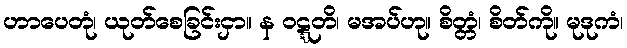
ဟာပေတုံ၊ ယုတ်စေခြင်းငှာ။ န ဝဋ္ဋတိ၊ မအပ်ဟု။ စိတ္တံ၊ စိတ်ကို။ မုဒုကံ၊